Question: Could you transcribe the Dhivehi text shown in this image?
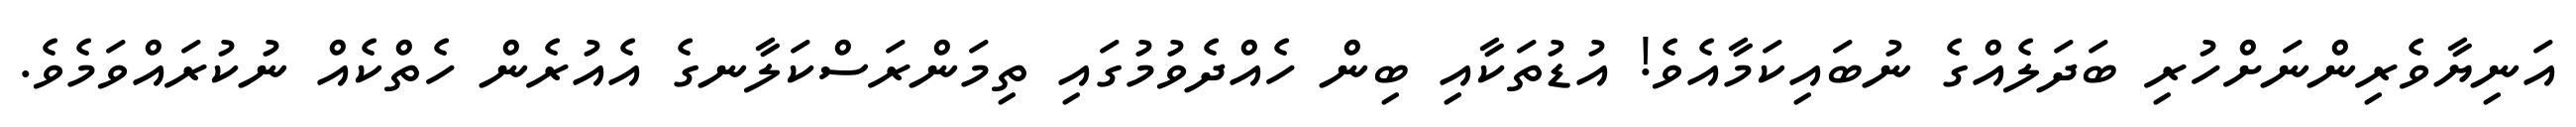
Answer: އަނިޔާވެރިންނަށްހުރި ބަދަލެއްގެ ނުބައިކަމާއެވެ! އުޑުތަކާއި ބިން ހެއްދެވުމުގައި ތިމަންރަސްކަލާނގެ އެއުރެން ހެތްކެއް ނުކުރައްވަމެވެ.